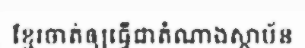
ខ្មែរចាត់ឲ្យធ្វើជាតំណាងស្ថាប័ន